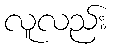
လူလည်း